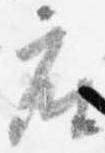
座